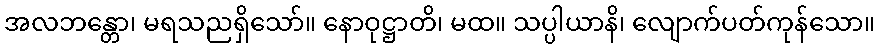
အလဘန္တော၊ မရသညရှိသော်။ နောဝုဋ္ဌာတိ၊ မထ။ သပ္ပါယာနိ၊ လျောက်ပတ်ကုန်သော။